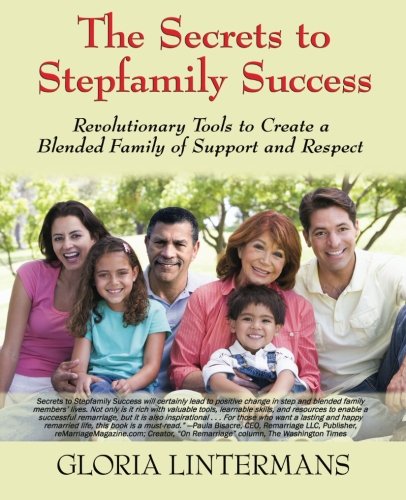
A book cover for The Secrets to Stepfamily Success; Gloria Lintermans; Parenting & Relationships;